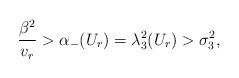
LaTeX: \begin{align*}\frac{\beta^2}{v_r}>\alpha_-(U_r)=\lambda_{3}^2(U_r)>\sigma_3^2,\end{align*}